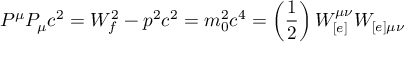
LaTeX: P ^ { \mu } P _ { \mu } c ^ { 2 } = W _ { f } ^ { 2 } - p ^ { 2 } c ^ { 2 } = m _ { 0 } ^ { 2 } c ^ { 4 } = \left( \frac { 1 } { 2 } \right) W _ { [ e ] } ^ { \mu \nu } W _ { [ e ] \mu \nu }